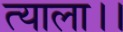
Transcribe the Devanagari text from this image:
त्याला।।